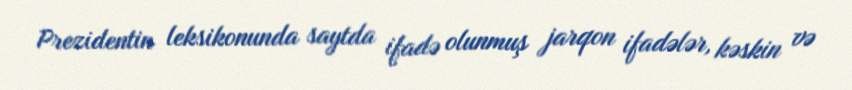
Prezidentin leksikonunda saytda ifadə olunmuş jarqon ifadələr, kəskin və